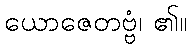
ယောဇေတဗ္ဗံ၊ ၏။